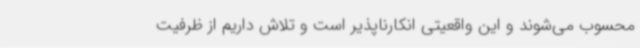
محسوب می‌شوند و این واقعیتی انکارناپذیر است و تلاش داریم از ظرفیت